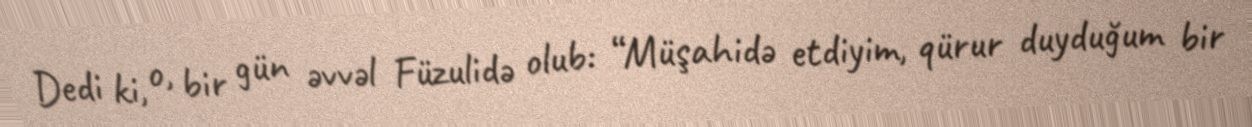
Dedi ki, o, bir gün əvvəl Füzulidə olub: “Müşahidə etdiyim, qürur duyduğum bir